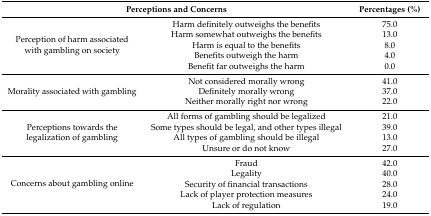
| <COLSPAN=2> Perceptions and Concerns | Percentages (%) |
 | --- | --- | --- |
 | <ROWSPAN=5> Perception of harm associated with gambling on society | Harm definitely outweighs the benefits | 75.0 |
 | Harm somewhat outweighs the benefits | 13.0 |
 | Harm is equal to the benefits | 8.0 |
 | Benefits outweigh the harm | 4.0 |
 | Benefit far outweighs the harm | 0.0 |
 | <ROWSPAN=3> Morality associated with gambling | Not considered morally wrong | 41.0 |
 | Definitely morally wrong | 37.0 |
 | Neither morally right nor wrong | 22.0 |
 | <ROWSPAN=4> Perceptions towards the legalization of gambling | All forms of gambling should be legalized | 21.0 |
 | Some types should be legal, and other types illegal | 39.0 |
 | All types of gambling should be illegal | 13.0 |
 | Unsure or do not know | 27.0 |
 | <ROWSPAN=5> Concerns about gambling online | Fraud | 42.0 |
 | Legality | 40.0 |
 | Security of financial transactions | 28.0 |
 | Lack of player protection measures | 24.0 |
 | Lack of regulation | 19.0 |